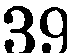
39